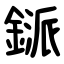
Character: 鎃